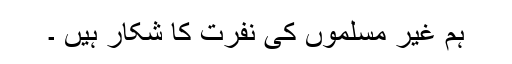
ہم غیر مسلموں کی نفرت کا شکار ہیں ۔